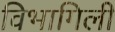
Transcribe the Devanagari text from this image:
विभागिली